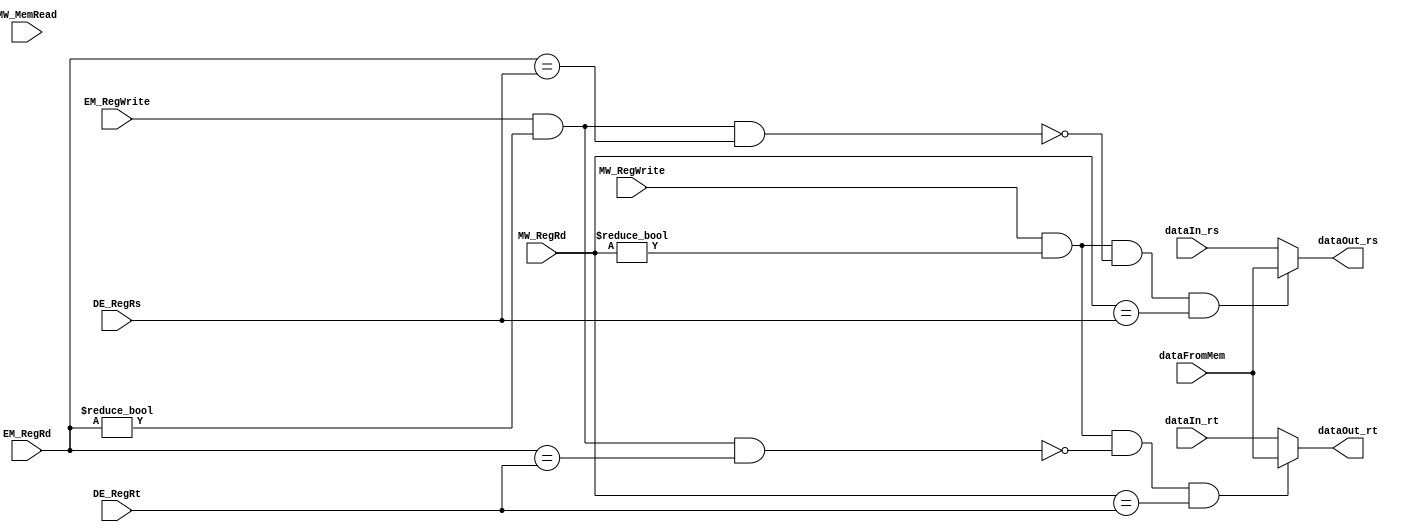
module MemToExFwd(

input MW_RegWrite, //MEM to WB control to write register 
input MW_MemRead, //MEM to WB control to read register 
input EM_RegWrite,	//EX to MEM control to Write Register 
input [3:0] MW_RegRd,	//Destination Register in MEM/WB 
input [3:0] EM_RegRd,	//Destination Register in EX/MEM
input [3:0] DE_RegRs,	//Source Register1 in ID/EX
input [3:0] DE_RegRt, 	//Source Register 2 in ID/EX
input [15:0] dataIn_rs,	//current value in src reg1 in ID/EX
input [15:0] dataIn_rt,	//current value in src reg 2 in ID/EX
input [15:0] dataFromMem,	//data loaded from Memory
output [15:0] dataOut_rs,	//data going into ALU from reg 1 
output [15:0] dataOut_rt	//data going into ALU from reg2 
);

//assign ForwardA = ((MW_RegWrite) & (MW_RegRd != 4'h0) & (~((EM_RegWrite) & (EM_RegRd != 4'h0) & (EM_RegRd = DE_RegRs))) & (MW_RegRd == DE_RegRs)) ? 2'b01 :  
//assign ForwardB = ((MW_RegWrite) & (MW_RegRd != 4'h0) & (~((EM_RegWrite) & (EM_RegRd != 4'h0) & (EM_RegRd = DE_RegRt))) & (MW_RegRd == DE_RegRt))  


assign dataOut_rs = ((MW_RegWrite) & (MW_RegRd != 4'h0) & (~((EM_RegWrite) & (EM_RegRd != 4'h0) & (EM_RegRd == DE_RegRs))) & (MW_RegRd == DE_RegRs)) ? dataFromMem : dataIn_rs;
assign dataOut_rt = ((MW_RegWrite) & (MW_RegRd != 4'h0) & (~((EM_RegWrite) & (EM_RegRd != 4'h0) & (EM_RegRd == DE_RegRt))) & (MW_RegRd == DE_RegRt)) ? dataFromMem : dataIn_rt;

endmodule